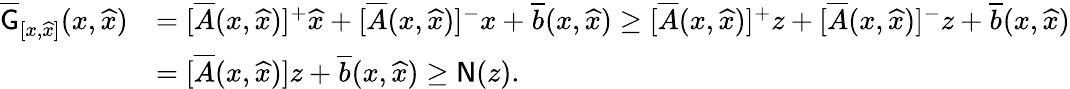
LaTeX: \begin{array}{rl}{\overline{{\mathsf{G}}}_{[x,\widehat{x}]}(x,\widehat{x})}&{=[\overline{{A}}(x,\widehat{x})]^{+}\widehat{x}+[\overline{{A}}(x,\widehat{x})]^{-}x+\overline{{b}}(x,\widehat{x})\ge[\overline{{A}}(x,\widehat{x})]^{+}z+[\overline{{A}}(x,\widehat{x})]^{-}z+\overline{{b}}(x,\widehat{x})}\\ &{=[\overline{{A}}(x,\widehat{x})]z+\overline{{b}}(x,\widehat{x})\ge\mathsf{N}(z).}\end{array}